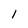
Character: 1